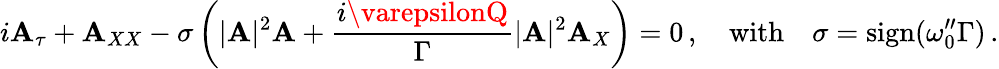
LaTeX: i\mathbf{A}_{\tau}+\mathbf{A}_{XX}-\sigma\left(|\mathbf{A}|^{2}\mathbf{A}+\frac{{i\varepsilonQ}}{{\Gamma}}|\mathbf{A}|^{2}\mathbf{A}_{X}\right)=0\, ,\quad\mathrm{{with}}\quad\sigma=\mathrm{{sign}}(\omega_{0}^{\prime\prime}\Gamma)\, .